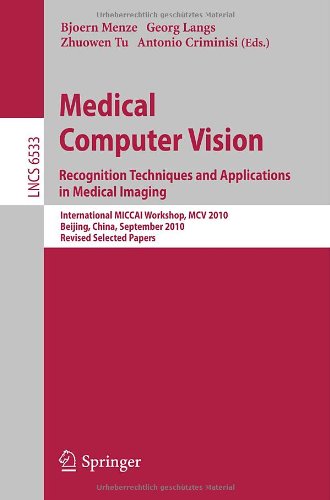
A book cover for Medical Computer Vision: Recognition Techniques and Applications in Medical Imaging (Lecture Notes in Computer Science); Medical Books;